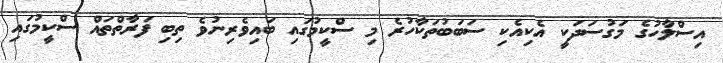
އިސްލާހުގެ މަގުސަދަކީ އެކިއެކި ސަބަބުތަކާހުރެ މި ސްކީމުގައި ބައިވެރިނުވެ ތިބި ފަރާތްތައް ސްކީމުގައި